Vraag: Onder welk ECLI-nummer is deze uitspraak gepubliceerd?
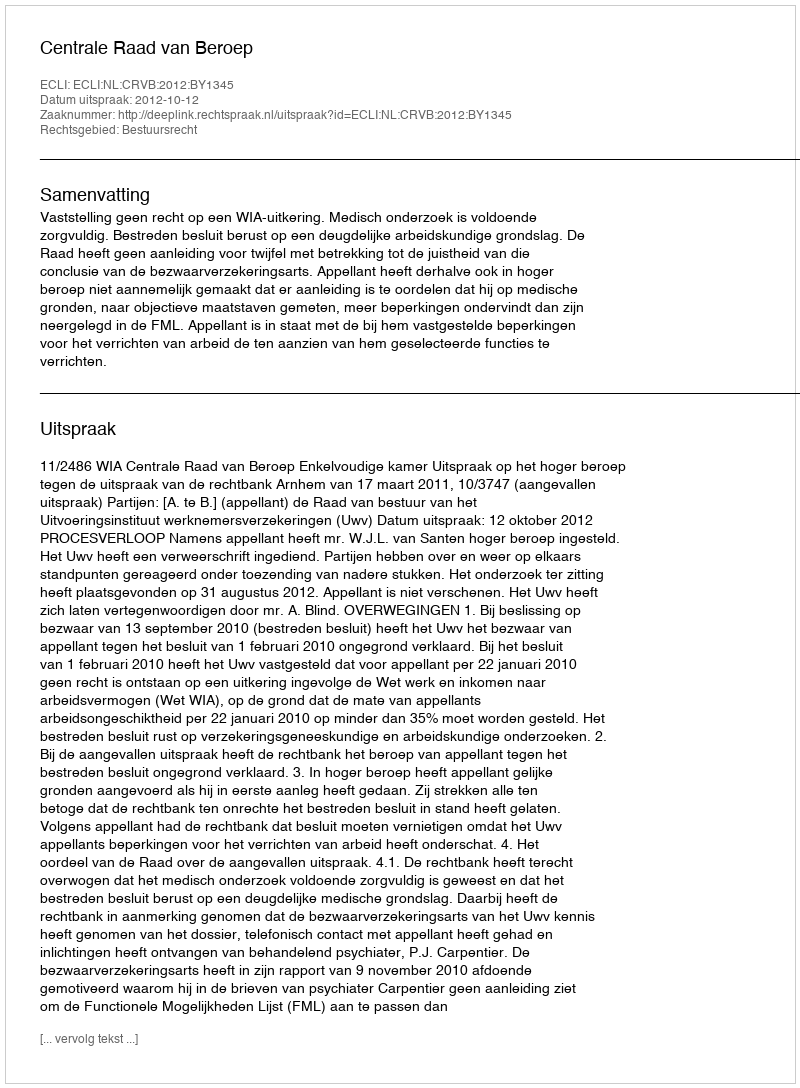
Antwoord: ECLI:NL:CRVB:2012:BY1345